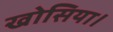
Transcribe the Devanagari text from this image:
खोसिया।